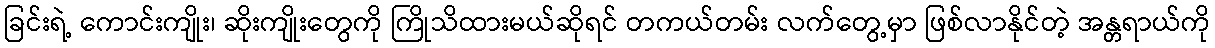
ခြင်းရဲ့ ကောင်းကျိုး၊ ဆိုးကျိုးတွေကို ကြိုသိထားမယ်ဆိုရင် တကယ်တမ်း လက်တွေ့မှာ ဖြစ်လာနိုင်တဲ့ အန္တရာယ်ကို